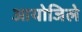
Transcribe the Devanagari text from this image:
आयोजिले